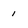
Character: 1